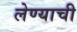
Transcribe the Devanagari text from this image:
लेण्याची